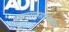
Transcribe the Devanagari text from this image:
प्रकारानुसारदेखील